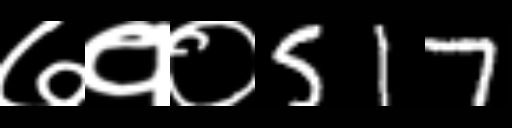
Text: ७१०517